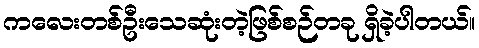
ကလေးတစ်ဦးသေဆုံးတဲ့ဖြစ်စဉ်တခု ရှိခဲ့ပါတယ်။